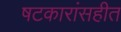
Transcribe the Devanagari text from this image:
षटकारांसहीत